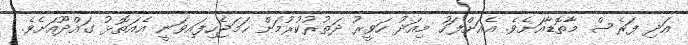
އަދި ފަރެސް މާތޮޑާއަށެވެ. އެއަށްފަހު މިއަދު ހަވީރު ދަތުރުކުރުމަށް ހަމަޖެހިފައިވަނީ އެއަތޮޅު ގައްދޫއަށެވެ.